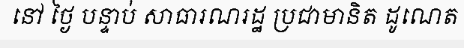
នៅ ថ្ងៃ បន្ទាប់ សាធារណរដ្ឋ ប្រជាមានិត ដូណេត